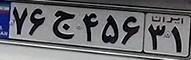
۷۶ج۴۵۶۳۱